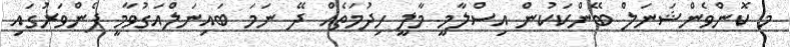
މ ކޮންވެންޝަނަލް ބޭންކަކުން އިސްލާމީ މާލީ ހިދުމަތެއް ދޭ ނަމަ ބައިނަލްއަގުވާމީ ފެންވަރުގައި